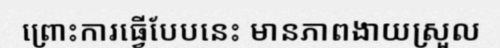
ព្រោះការធ្វើបែបនេះ មានភាពងាយស្រួល